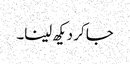
جا کر دیکھ لینا۔